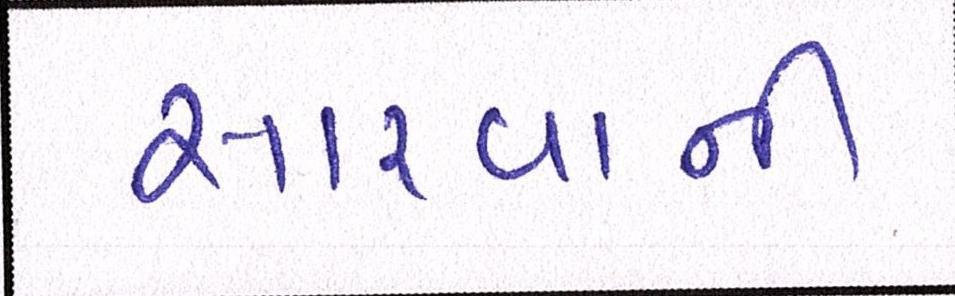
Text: સારવાની